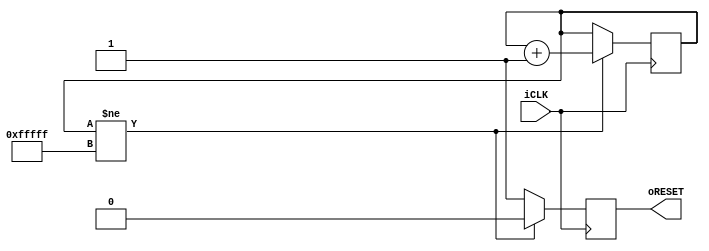
/**
 * power on reset
 */

module PowerOnReset (input iCLK, output reg oRESET);

	reg [19:0] cnt;

	initial begin
		cnt <= 20'h00000;
	end

	always @(posedge iCLK) begin
		if(cnt != 20'hFFFFF) begin
			cnt    <= cnt + 20'd1;
			oRESET <= 1'b0;
		end
		else
			oRESET <= 1'b1;
	end

endmodule